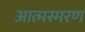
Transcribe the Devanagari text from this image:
आत्मस्मरण